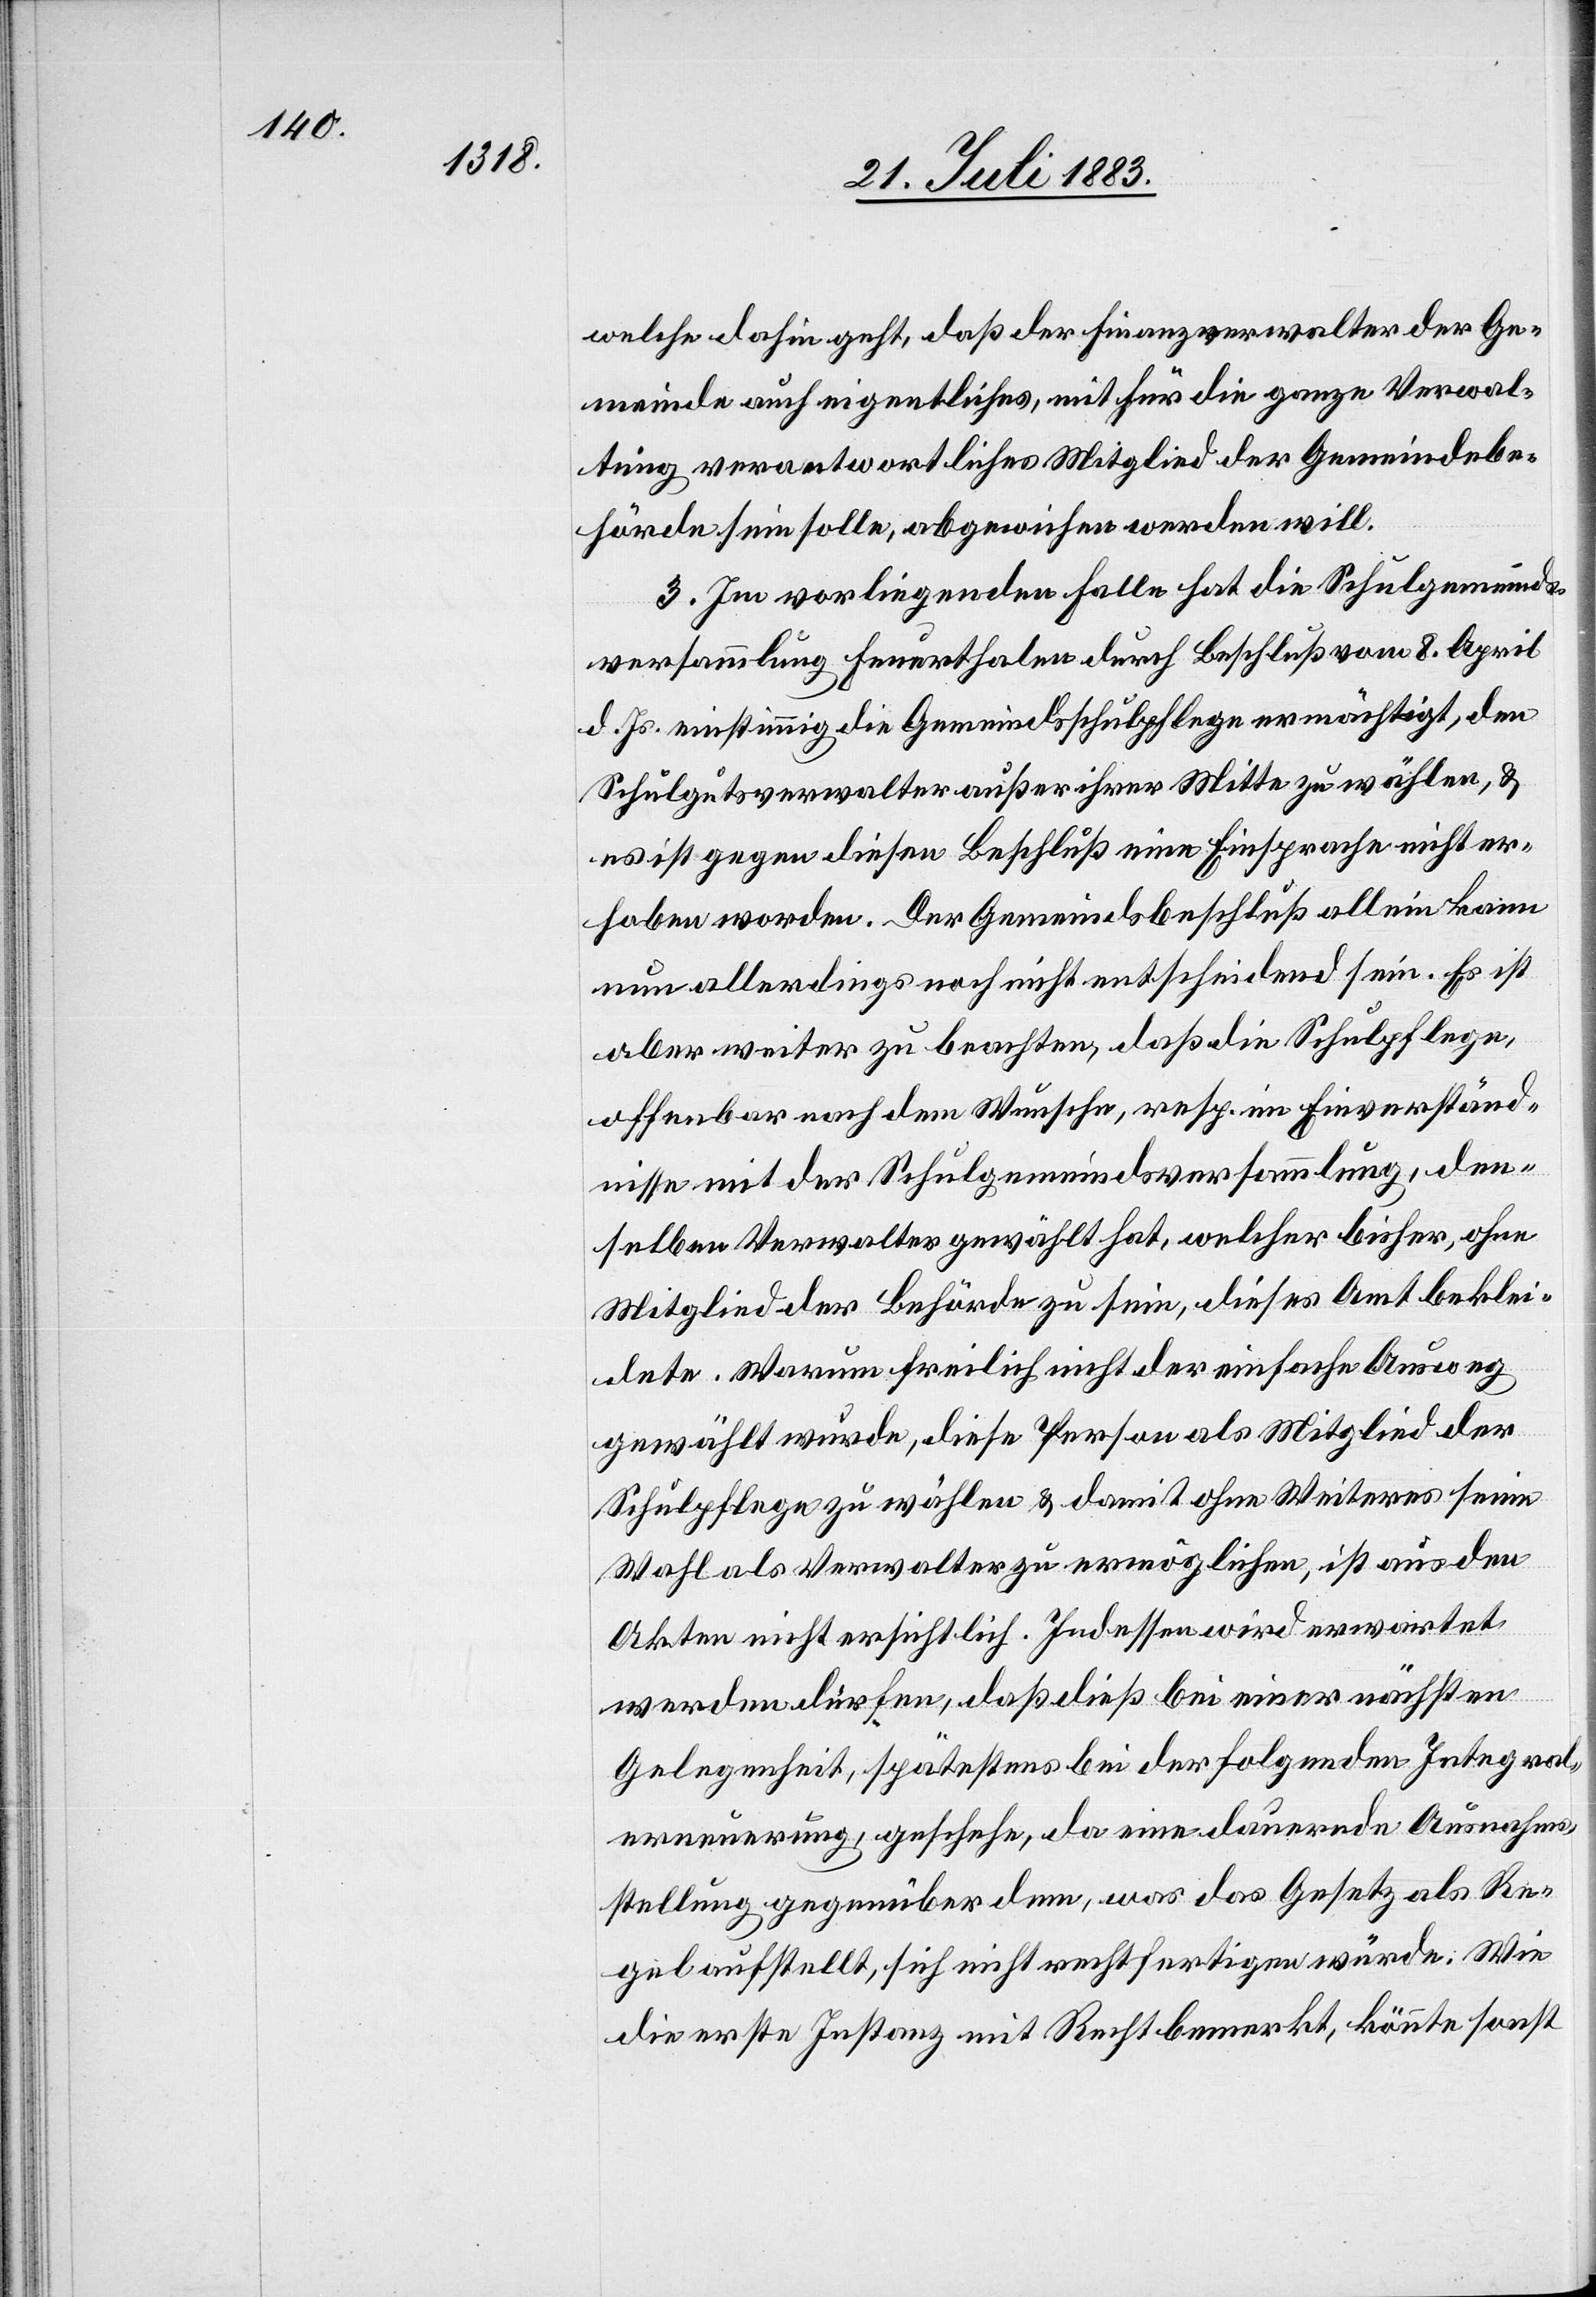
welche dahin geht, daß der Finanzverwalter der Ge¬
meinde auch eigentliches, mit für die ganze Verwal¬
tung verantwortliches Mitglied der Gemeindebe¬
hörde sein solle, abgewichen werden will.
3. Im vorliegenden Falle hat die Schulgemeinds¬
versammlung Feuerthalen durch Beschluß vom 8. April
d. Js. einstimmig die Gemeindsschulpflege ermächtigt, den
Schulgutsverwalter außer ihrer Mitte zu wählen, &
es ist gegen diesen Beschluß eine Einsprache nicht er¬
hoben worden. Der Gemeindsbeschluß allein kann
nun allerdings noch nicht entscheidend sein. Es ist
aber weiter zu beachten, daß die Schulpflege,
offenbar nach dem Wunsche, resp. im Einverständ¬
niß mit der Schulgemeindsversammlung, den¬
selben Verwalter gewählt hat, welcher bisher, ohne
Mitglied der Behörde zu sein, dieses Amt beklei¬
dete. Warum freilich nicht der einfache Ausweg
gewählt wurde, diese Person als Mitglied der
Schulpflege zu wählen & damit ohne Weiteres seine
Wahl als Verwalter zu ermöglichen, ist aus den
Akten nicht ersichtlich. Indessen wird erwartet
werden dürfen, daß dieß bei einer nächsten
Gelegenheit, spätestens bei der folgenden Integral¬
erneuerung, geschehe, da eine dauernde Ausnahms¬
stellung gegenüber dem, was das Gesetz als Re¬
gel aufstellt, sich nicht rechtfertigen würde. Wie
die erste Instanz mit Recht bemerkt, könnte sonst